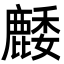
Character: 䴧